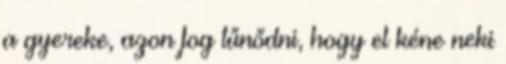
a gyereke, azon fog tűnődni, hogy el kéne neki